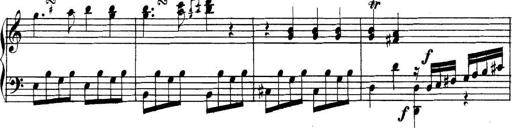
Title: Collected Piano Sonatas
Composer: Muzio Clementi